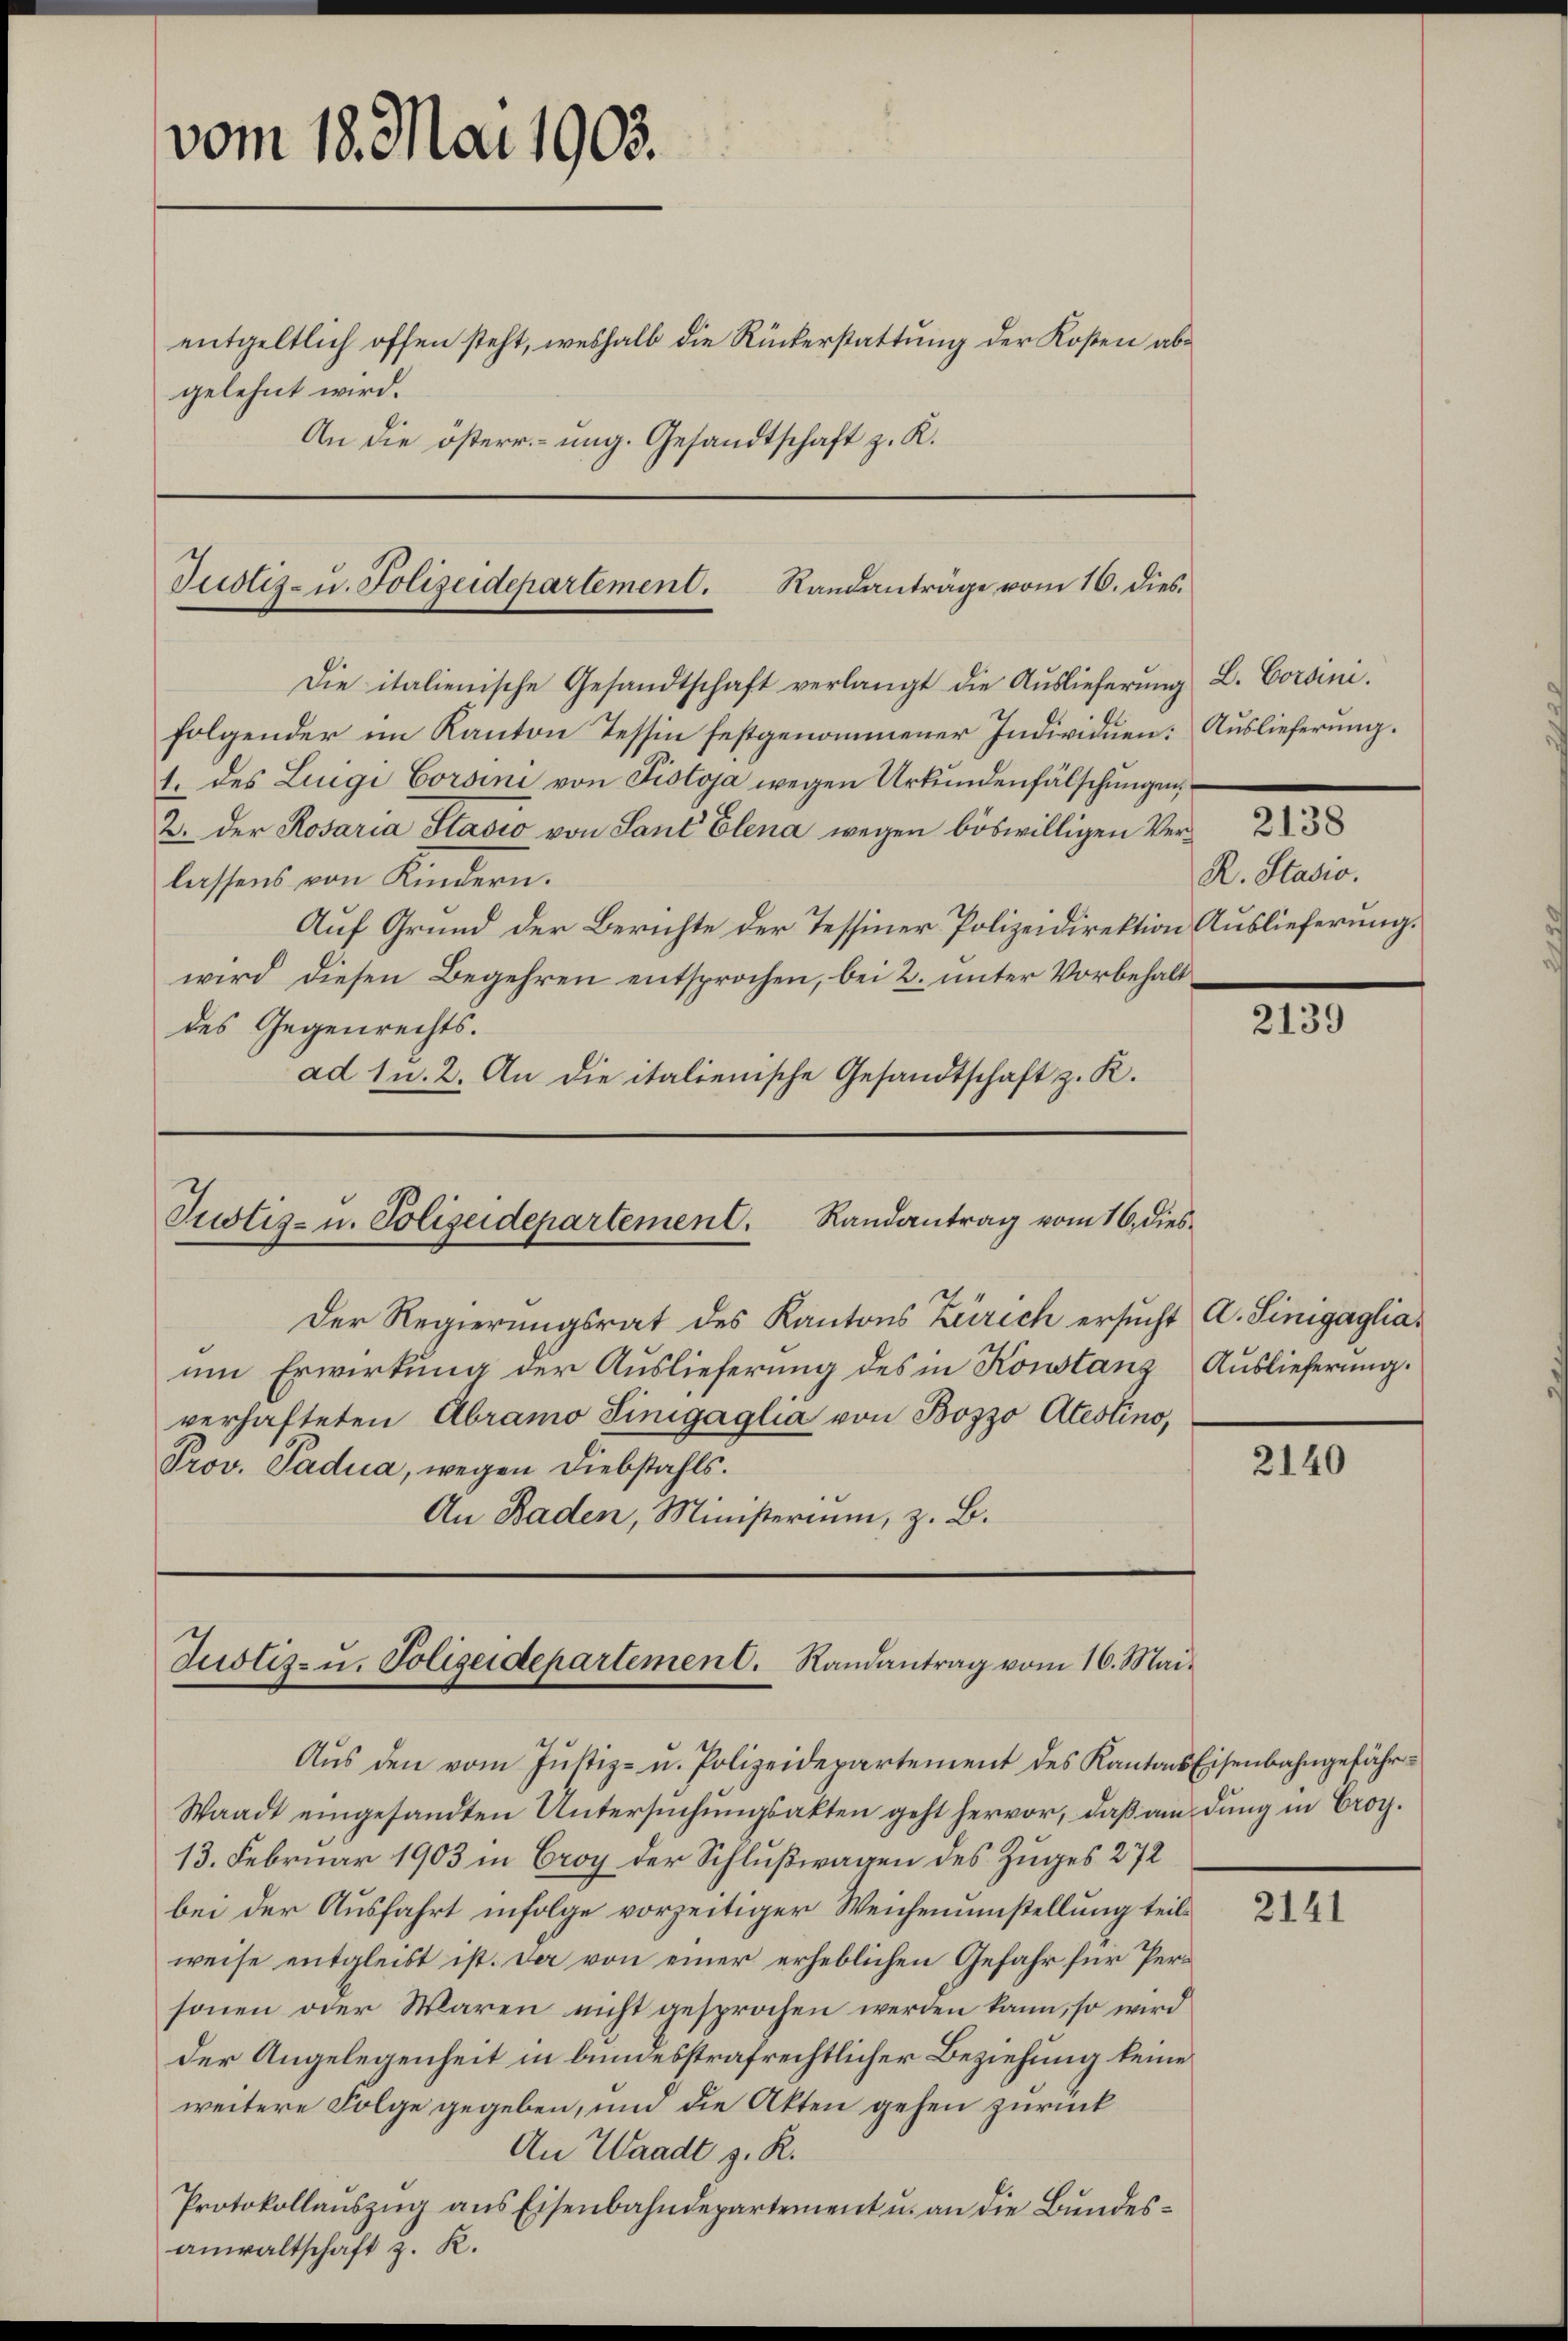
vom 18. Mai 1903.
entgeltlich offen steht, weshalb die Rückerstattung der Kosten abgelehnt wird.
An die österr. ung. Gesandtschaft z. K.

Justiz- u. Polizeidepartement. Randanträge vom 16. dies.

Die italienische Gesandtschaft verlangt die Aŭslieferŭng L. Corsini.
folgender im Kanton Tessin festgenommener Individuen: Auslieferung.
1. des Luigi Corsini von Pisloja wegen Urkundenfälschungen,
2. Der Rosaria Stadio von Laut Elena wegen böswilligen Verlassens von Kindern.
Auf Grund der Berichte der Tessiner Polizeidirektion Auslieferung.
wird diesen Begehren entsprochen, bei 2. unter Vorbehalt
des Gegenrechts.
ad 1 u. 2. An die italienische Gesandtschaft z. K.

Justiz- u. Polizeidepartement. Randantrag vom 16. dies

Justiz- u. Polizeidepartement. Randantrag vom 16. Mai.

Der Regierungsrat des Kantons Zürich ersucht A. Sinigagliaum Erwirkung der Auslieferung des in Konstanz Auslieferung.
verhafteten Abramo Tinigaglia von Bozzo Alestino,
Prov. Padua, wegen Diebstahls.
An Baden, Ministerium, z. B.

Aŭs den vom Justiz- u. Polizeidepartement des Kantons Eisenbahngefähr¬
Waadt eingesandten Untersŭchŭngsakten geht hervor, daβ am dung in Croy.
13. Februar 1903 in Croy der Schlußwagen des Zuges 272
bei der Ausfahrt infolge vorzeitiger Weichenumstellung teilweise entgleist ist. Der von einer erheblichen Gefahr für Personen oder Waren nicht gesprochen werden kann, so wird
der Angelegenheit in bundesstrafrechtlicher Beziehung keine
weitere Folge gegeben, und die Akten gehen zurück
An Waadt z. R.
Protokollauszug aus Eisenbahndepartement u. an die Bundesanwaltschaft z. R.

R. Stasio.

2138

2139

2140

2141